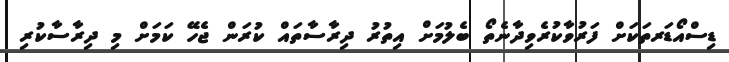
ޑިސްއޯޑަރތަކަށް ފަރުވާކުރެވިދާނެތޯ ބެލުމަށް އިތުރު ދިރާސާތައް ކުރަން ޖެހޭ ކަމަށް މި ދިރާސާކުރި